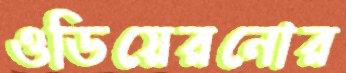
ওডিয়েরনোর